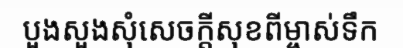
បួងសួងសុំសេចក្តីសុខពីម្ចាស់ទឹក